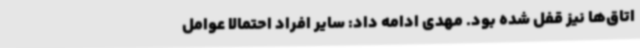
اتاق‌ها نیز قفل شده بود. مهدی ادامه داد: سایر افراد احتمالا عوامل